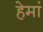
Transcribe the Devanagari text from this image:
हेमां